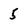
Character: 5